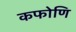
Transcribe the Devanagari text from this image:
कफोणि